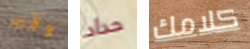
وقت حداد كلامك